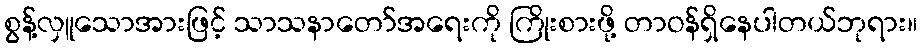
စွန့်လှူသောအားဖြင့် သာသနာတော်အရေးကို ကြိုးစားဖို့ တာဝန်ရှိနေပါတယ်ဘုရား။